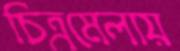
চিত্রমেলায়